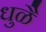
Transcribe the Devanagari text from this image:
धुळै